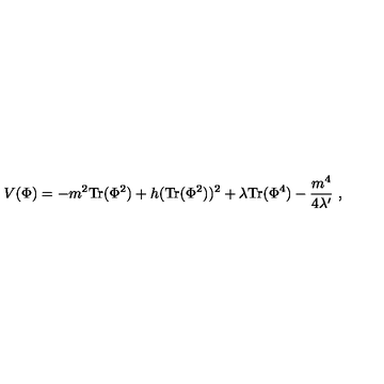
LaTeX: V ( \Phi ) = - m ^ { 2 } \mathrm { T r } ( \Phi ^ { 2 } ) + h ( \mathrm { T r } ( \Phi ^ { 2 } ) ) ^ { 2 } + \lambda \mathrm { T r } ( \Phi ^ { 4 } ) - { \frac { m ^ { 4 } } { 4 \lambda ^ { \prime } } } \ ,